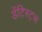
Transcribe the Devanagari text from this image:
डेंटिस्ट्स